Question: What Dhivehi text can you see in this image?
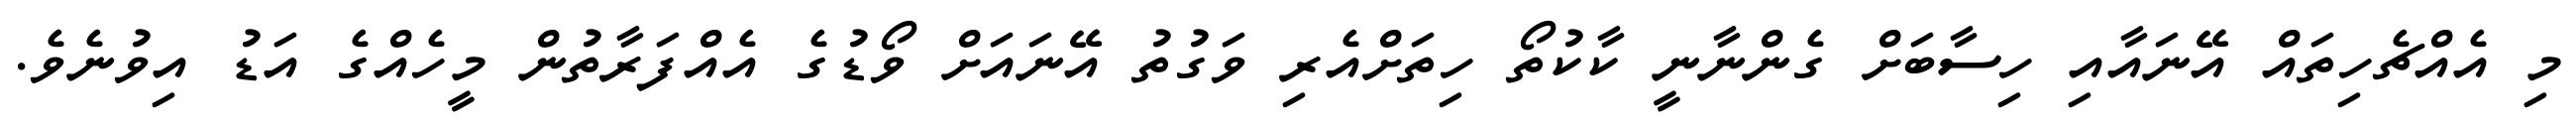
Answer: މި އެއްޗެހިތައް އޭނައާއި ހިސާބަށް ގެންނާނީ ކާކުތޯ ހިތަށްއެރި ވަގުތު އޭނައަށް ވޯޑުގެ އެއްފަރާތުން މީހެއްގެ އަޑު އިވުނެވެ.